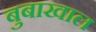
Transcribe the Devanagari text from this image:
बुबाखाल